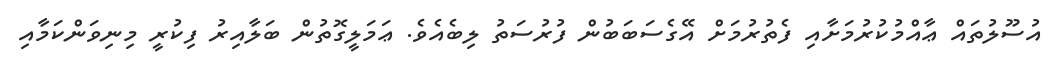
އުސޫލުތައް ޢާއްމުކުރުމަށާއި ފެތުރުމަށް އޭގެސަބަބުން ފުރުސަތު ލިބެއެވެ. ޢަމަލީގޮތުން ބަލާއިރު ފިކުރީ މިނިވަންކަމާއި